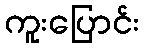
ကူးပြောင်း